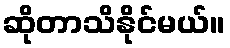
ဆိုတာသိနိုင်မယ်။